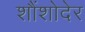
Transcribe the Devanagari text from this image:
शौंशोदेर